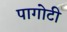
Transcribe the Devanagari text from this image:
पागोटी